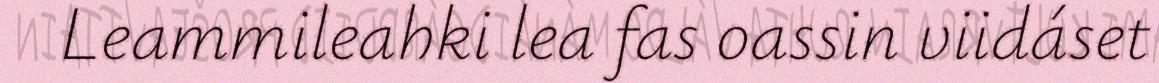
Leammileahki lea fas oassin viidáset